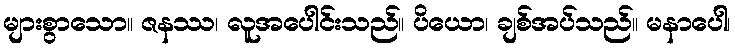
များစွာသော။ ဇနဿ၊ လူအပေါင်းသည်။ ပိယော၊ ချစ်အပ်သည်။ မနာပေါ၊